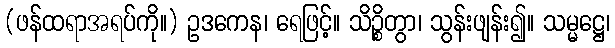
(ဖန်ထရာအရပ်ကို။) ဥဒကေန၊ ရေဖြင့်။ သိဉ္စိတွာ၊ သွန်းဖျန်း၍။ သမ္မဋ္ဌေ၊